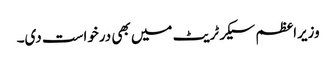
وزیراعظم سیکرٹریٹ میں بھی درخواست دی۔